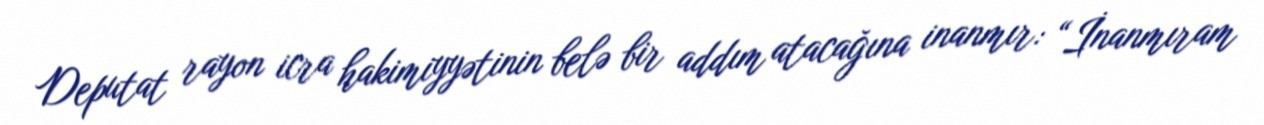
Deputat rayon icra hakimiyyətinin belə bir addım atacağına inanmır: “İnanmıram